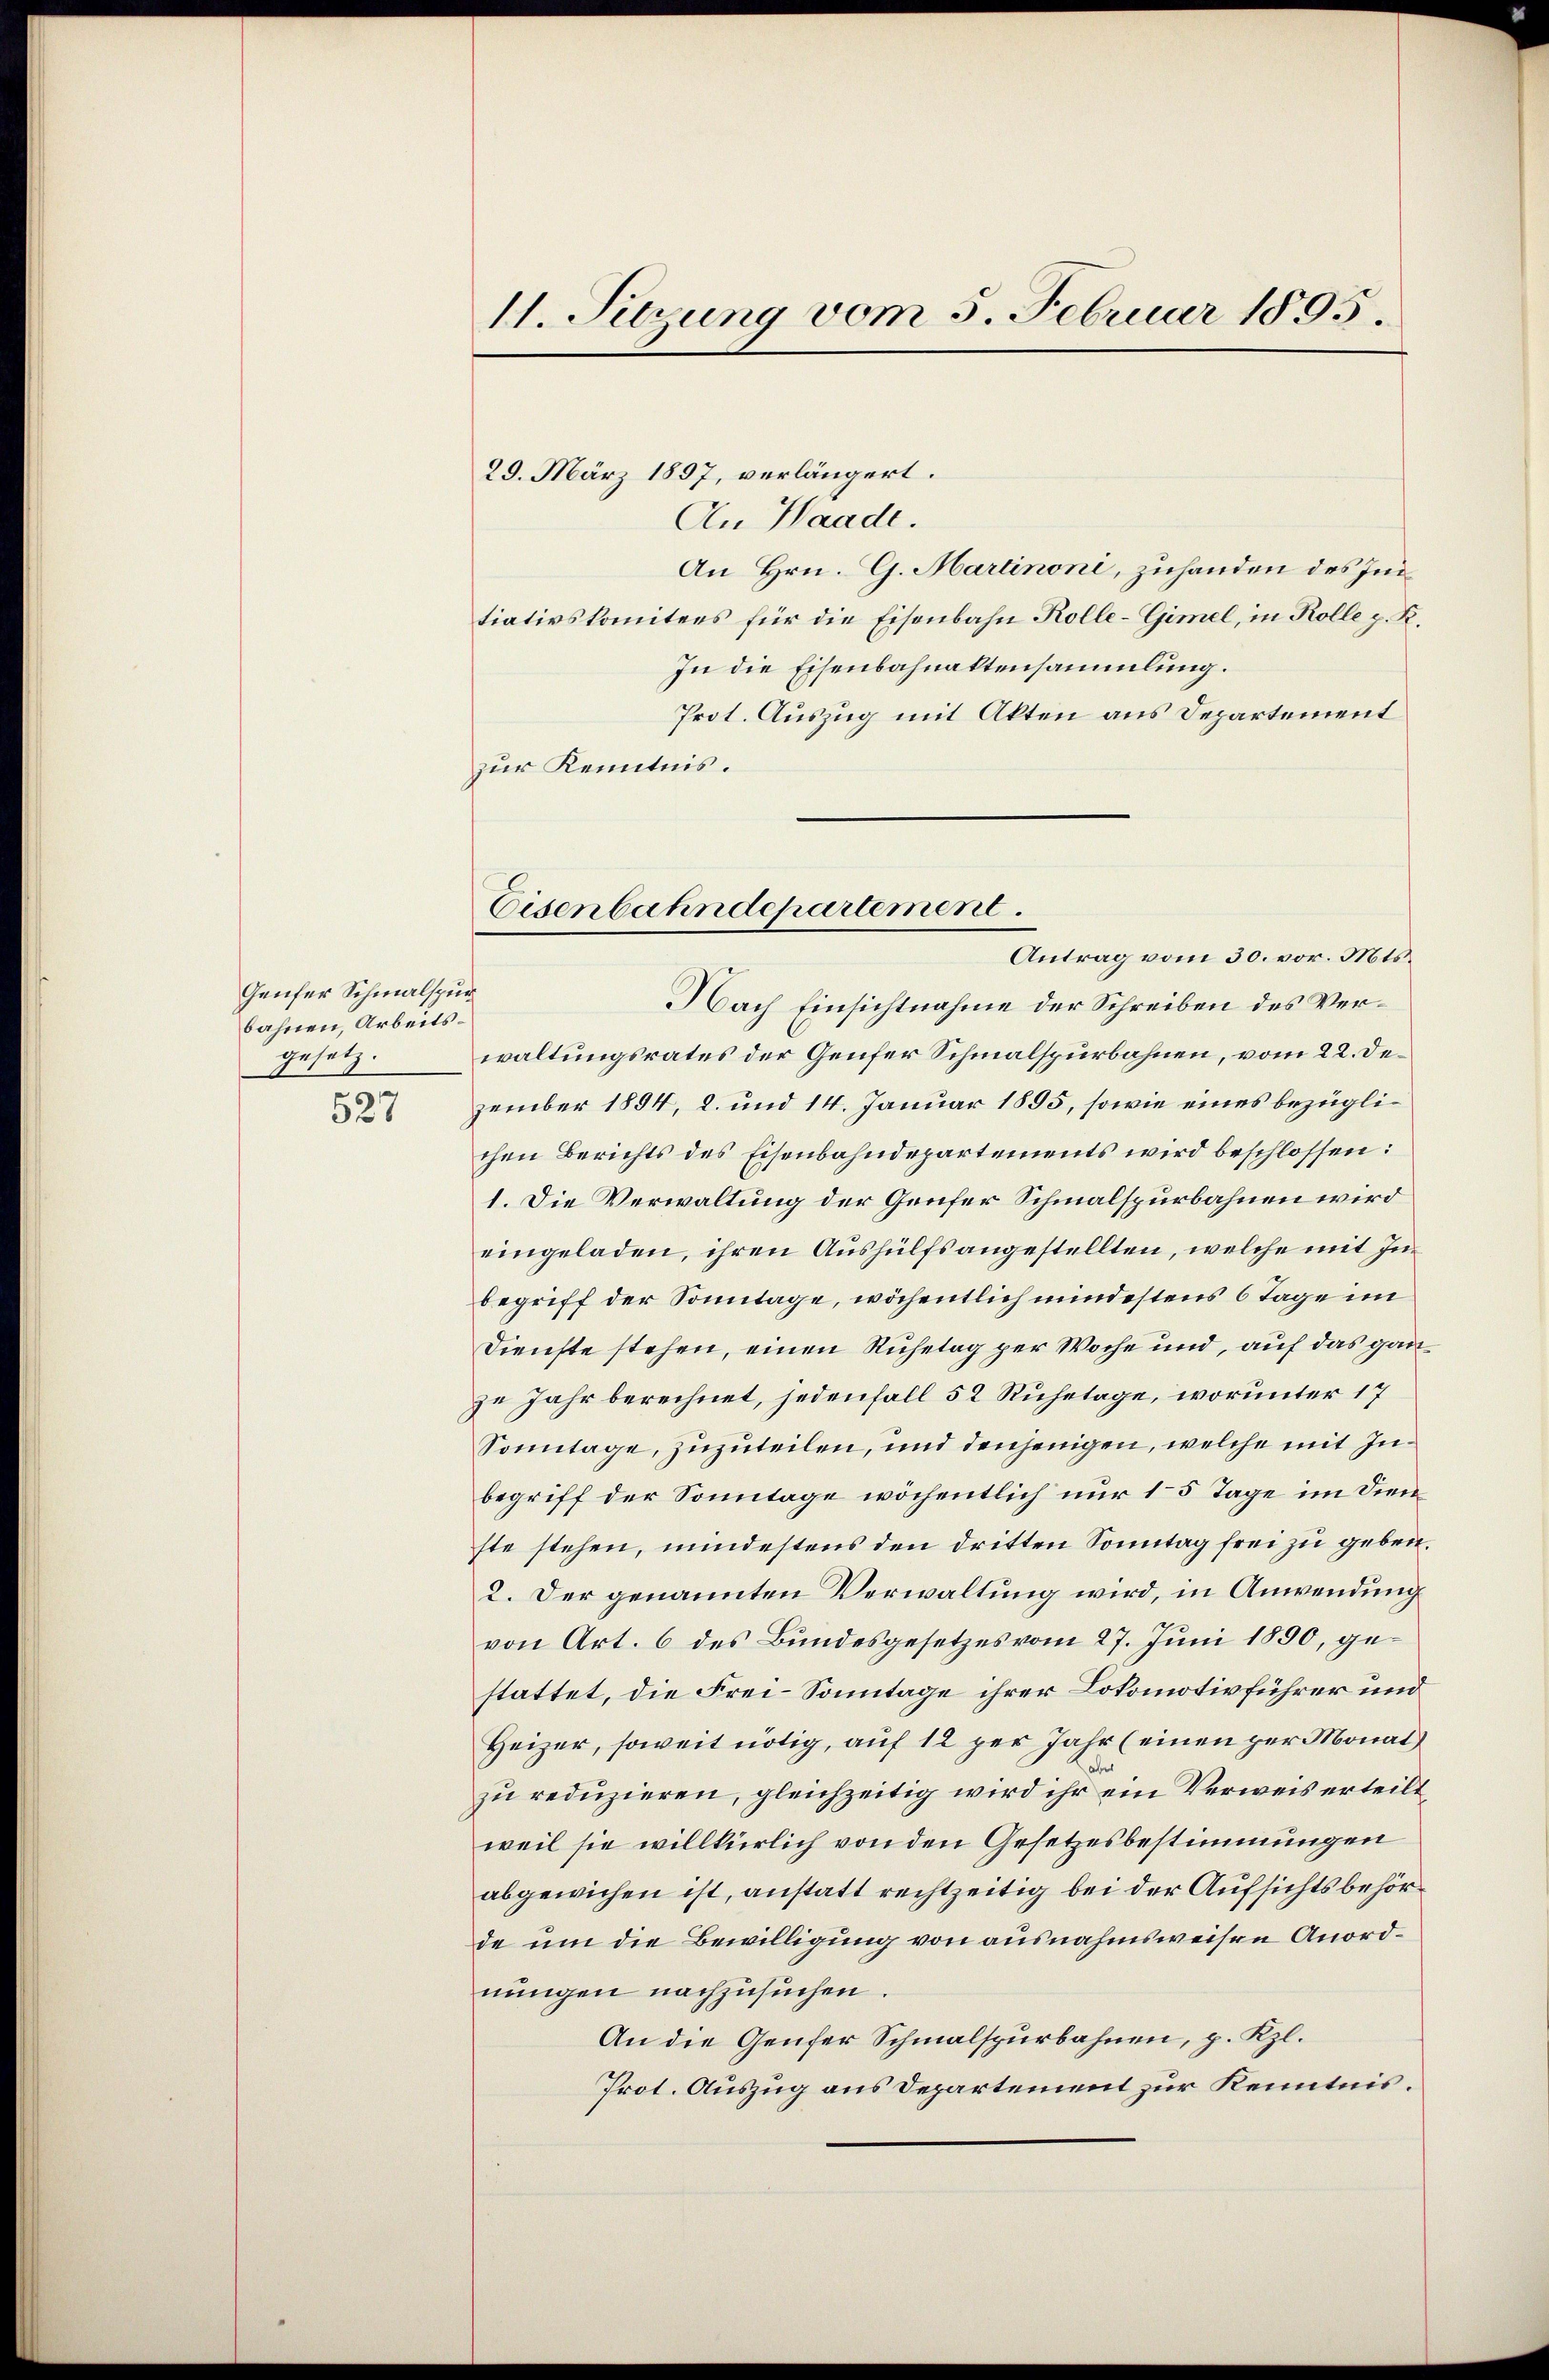
Genfer Schmalspur
bahnen, Arbeitsgesetz.

527

11. Serung vom 5. Februar 1895.

Eisenbahndepartement.
Antrag vom 30. vor. Mts.

29. März 1897, verlängert.
An Waade.
An Hrn. G. Hartinoni, zuhanden des Intiativskomitees für die Eisenbahn Kolle-Gimel, in Kolle p. K.
In die Eisenbahnaktensammlung.
Prot. Auszug mit Akten aus Departement
zur Kenntnis.
Nach Einsichtnahme der Schreiben des Verwaltungsrates der Genfer Schmalspurbahnen, vom 22. Dezember 1894, 2. und 14. Januar 1895, sowie eines bezüglichen Berichts des Eisenbahndepartements wird beschlossen:
1. Die Verwaltung der Genfer Schmalspurbahnen wird
eingeladen, ihren Aushülfsangestellten, welche mit Inbegriff der Sonntage, wöchentlich mindestens 6 Tage in
Dienste stehen, einen Ruhetag per Woche und, auf das ganze Jahr berechnet, jedenfall 52 Ruhetage, worunter 17
Sonntage, zuzuteilen, und denjenigen, welche mit Inbegriff der Sonntage wöchentlich nur 15 Tage im dien
ste stehen, mindestens den dritten Sonntag frei zu geben.
2. Der genannten Verwaltung wird, in Anwendung
von Art. 6 des Bundesgesetzes vom 27. Juni 1890, gestattet, die Frei-Sonntage ihrer Lokomotivführer und
Heizer, soweit nötig, auf 12 per Jahr (einen per Monat
zu reduzieren, gleichzeitig wird ihr ein Verweis erteilt
weil sie willkürlich von den Gesetzesbestimmungen
abgewichen ist, anstatt rechtzeitig bei der Aufsichtsbehörde um die Bewilligung von ausnahmsweisen Anordnungen nachzusuchen.
An die Genfer Schmalspurbahnen, p. Kzl.
Prot. Auszug aus Departement zur Kenntnis.